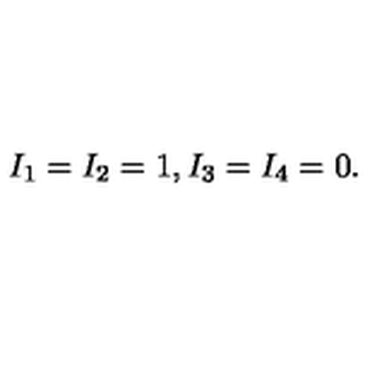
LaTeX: I _ { 1 } = I _ { 2 } = 1 , I _ { 3 } = I _ { 4 } = 0 .